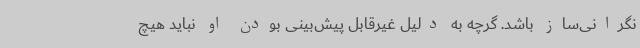
نگرانی‌ساز باشد. گرچه به دلیل غیرقابل پیش‌بینی بودن او نباید هیچ